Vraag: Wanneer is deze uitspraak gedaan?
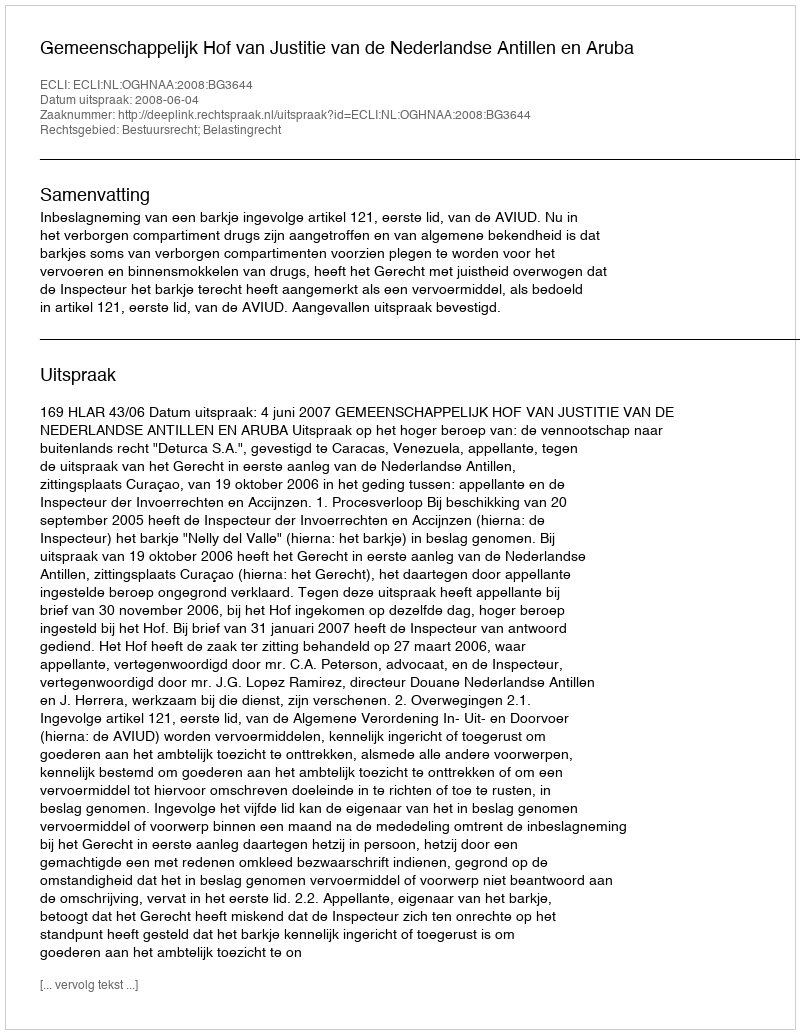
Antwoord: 2008-06-04